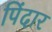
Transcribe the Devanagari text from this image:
पिंदार